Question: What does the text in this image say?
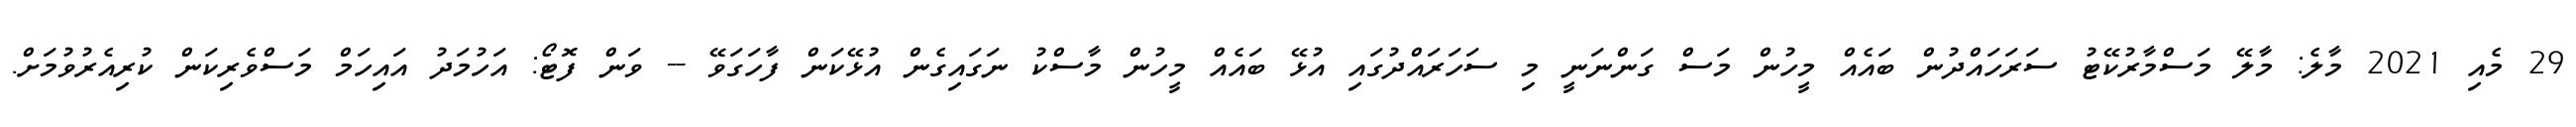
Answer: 29 މެއި 2021 މާލެ: މާލޭ މަސްމާރުކޭޓު ސަރަހައްދުން ބައެއް މީހުން މަސް ގަންނަނީ މި ސަހަރައްދުގައި އުޅޭ ބައެއް މީހުން މާސްކު ނަގައިގެން އުޅޭކަން ފާހަގަވޭ -- ވަން ފޮޓޯ: އަހުމަދު އައިހަމް މަސްވެރިކަން ކުރިއެރުވުމަށް.